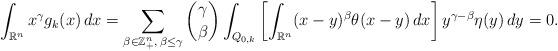
LaTeX: \begin{align*}\int_{\mathbb R^n}x^\gamma g_k(x)\,dx=\sum_{\beta\in\mathbb{Z}_+^n,\,\beta\leq\gamma}\binom{\gamma}{\beta}\int_{Q_{0,k}}\left[\int_{\mathbb R^n}(x-y)^{\beta}\theta(x-y)\,dx\right]y^{\gamma-\beta}\eta(y)\,dy=0.\end{align*}